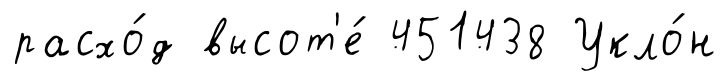
расхо́д высот'е́ 451438 Укло́н